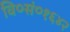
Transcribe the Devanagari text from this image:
वि०सं०१६४२